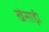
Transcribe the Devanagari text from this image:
खेसाड़ी